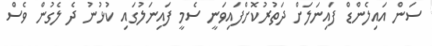
ސަން އައިލެންޑް ފައިނަލަށް ދަތުރުކޮށްފައިވަނީ ސެމީ ފައިނަލުގައި ކުޅުނު ދެ ލެގުން ވެސް